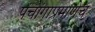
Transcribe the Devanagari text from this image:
पंचांगाप्रमाणेच